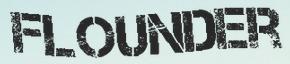
FLOUNDER